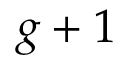
g + 1